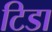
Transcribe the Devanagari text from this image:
टिडा